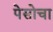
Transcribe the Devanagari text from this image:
पेसोचा